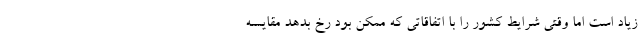
زیاد است اما وقتی شرایط کشور را با اتفاقاتی که ممکن بود رخ بدهد مقایسه